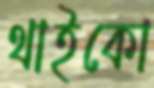
থাইকো